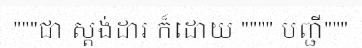
"""ជា ស្តង់ដារ ក៏ដោយ """" បញ្ជី"""